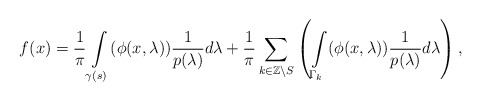
\begin{align*}f(x)=\frac{1}{\pi}\int\limits_{\gamma(s)}(\phi(x,\lambda))\frac{1}{p(\lambda)}d\lambda+\frac{1}{\pi}\sum_{k\in\mathbb{Z}\backslash S}\left(\int\limits_{\Gamma_{k}}(\phi(x,\lambda))\frac{1}{p(\lambda)}d\lambda\right),\end{align*}